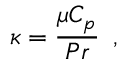
\kappa = \frac { \mu C _ { p } } { P r } \, \mathrm { ~ , ~ }